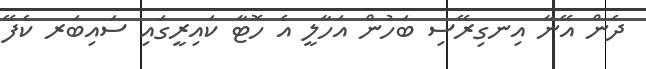
ދެން އޭނާ އިނގިރޭސި ބަހުން އަހާލީ އެ ހޮޓާ ކައިރީގައި ސައިބަރ ކެފޭ